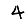
Digit: 4